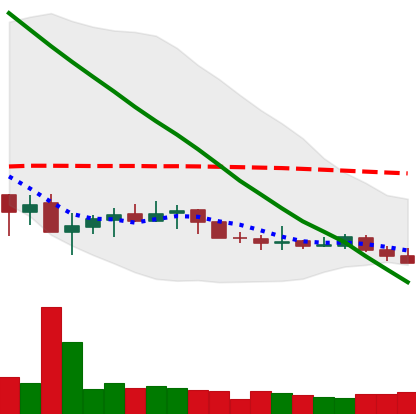
Ticker: XLM-USD
Chart end date: 2019-12-11
Forward return: -7.863%
Label: down_7plus